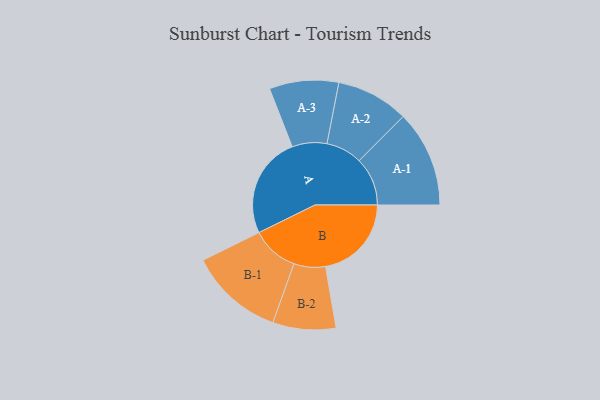
{"axis": {"x": "Segment", "y": "Value"}, "legend": ["", "A", "B"], "data": [{"x": "A", "y": 454, "type": ""}, {"x": "B", "y": 384, "type": ""}, {"x": "A-1", "y": 216, "type": "A"}, {"x": "A-2", "y": 162, "type": "A"}, {"x": "A-3", "y": 155, "type": "A"}, {"x": "B-1", "y": 211, "type": "B"}, {"x": "B-2", "y": 141, "type": "B"}]}